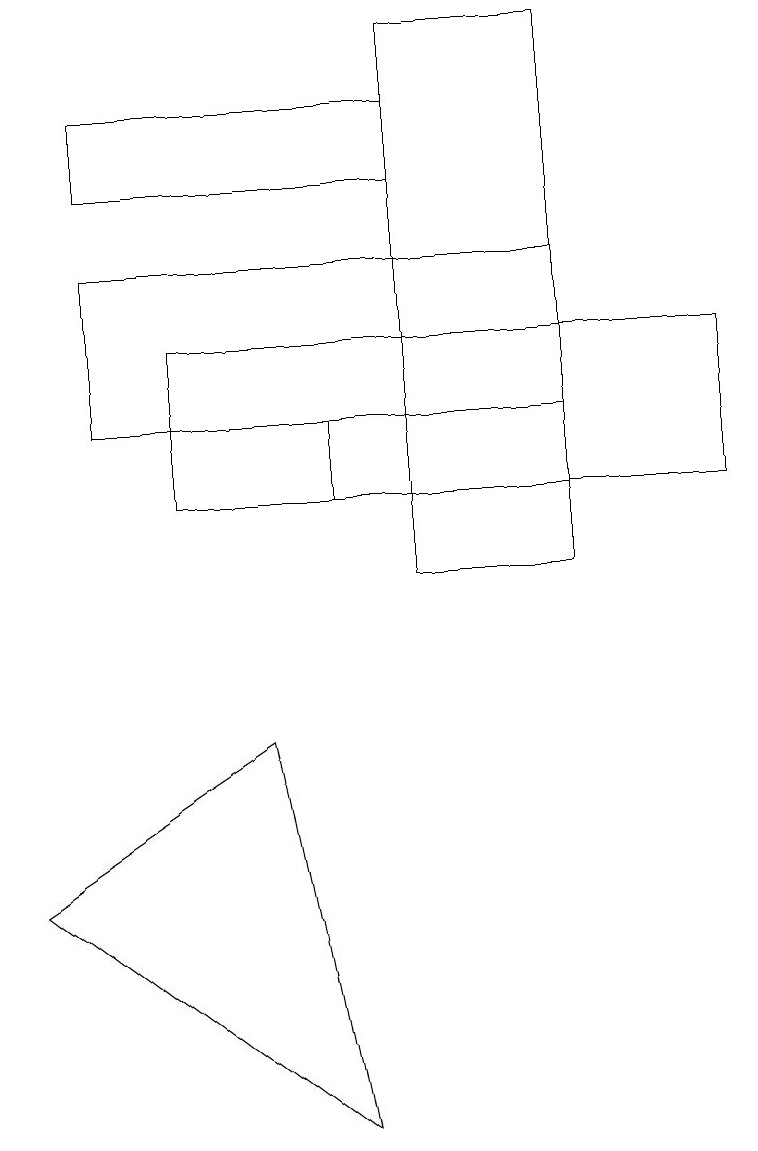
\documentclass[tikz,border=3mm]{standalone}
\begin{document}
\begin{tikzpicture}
\draw (5,17) rectangle (7,10);
\draw (3,8) -- (4,3) -- (0,6) -- cycle;
\draw (7,12) rectangle (1,14);
\draw (5,11) rectangle (4,12);
\draw (5,15) rectangle (1,16);
\draw (9,11) rectangle (2,13);
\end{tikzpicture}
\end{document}